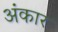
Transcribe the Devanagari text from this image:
अंकार